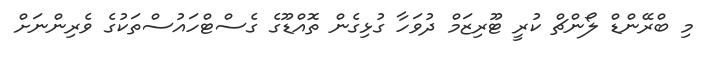
މި ބްރޭންޑް ލޯންޗް ކުރީ ޓޫރިޒަމް ދުވަހާ ގުޅިގެން ތޮއްޑޫގެ ގެސްޓްހައުސްތަކުގެ ވެރިންނަށް